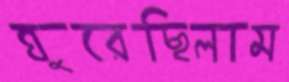
ঘুরেছিলাম